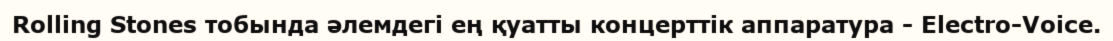
Rolling Stones тобында әлемдегі ең қуатты концерттік аппаратура - Electro-Voice.